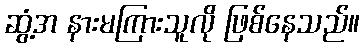
ဆွံ့အ နားမကြားသူလို ဖြစ်နေသည်။